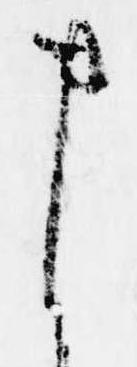
ま